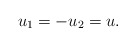
\begin{align*}u_1=-u_2=u.\end{align*}